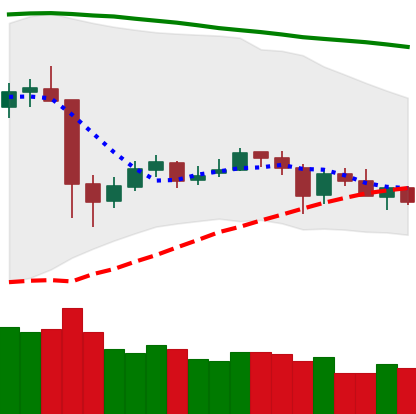
Ticker: XRP-USD
Chart end date: 2020-05-26
Forward return: 4.604%
Label: up_3_5